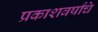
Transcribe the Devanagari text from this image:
प्रकाशवर्षांचे